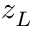
z _ { L }